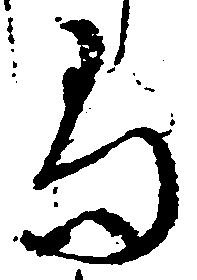
尚